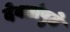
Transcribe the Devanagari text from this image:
देवतांपुढे